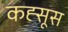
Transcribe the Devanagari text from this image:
कह्सूस